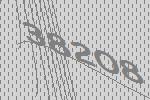
38208